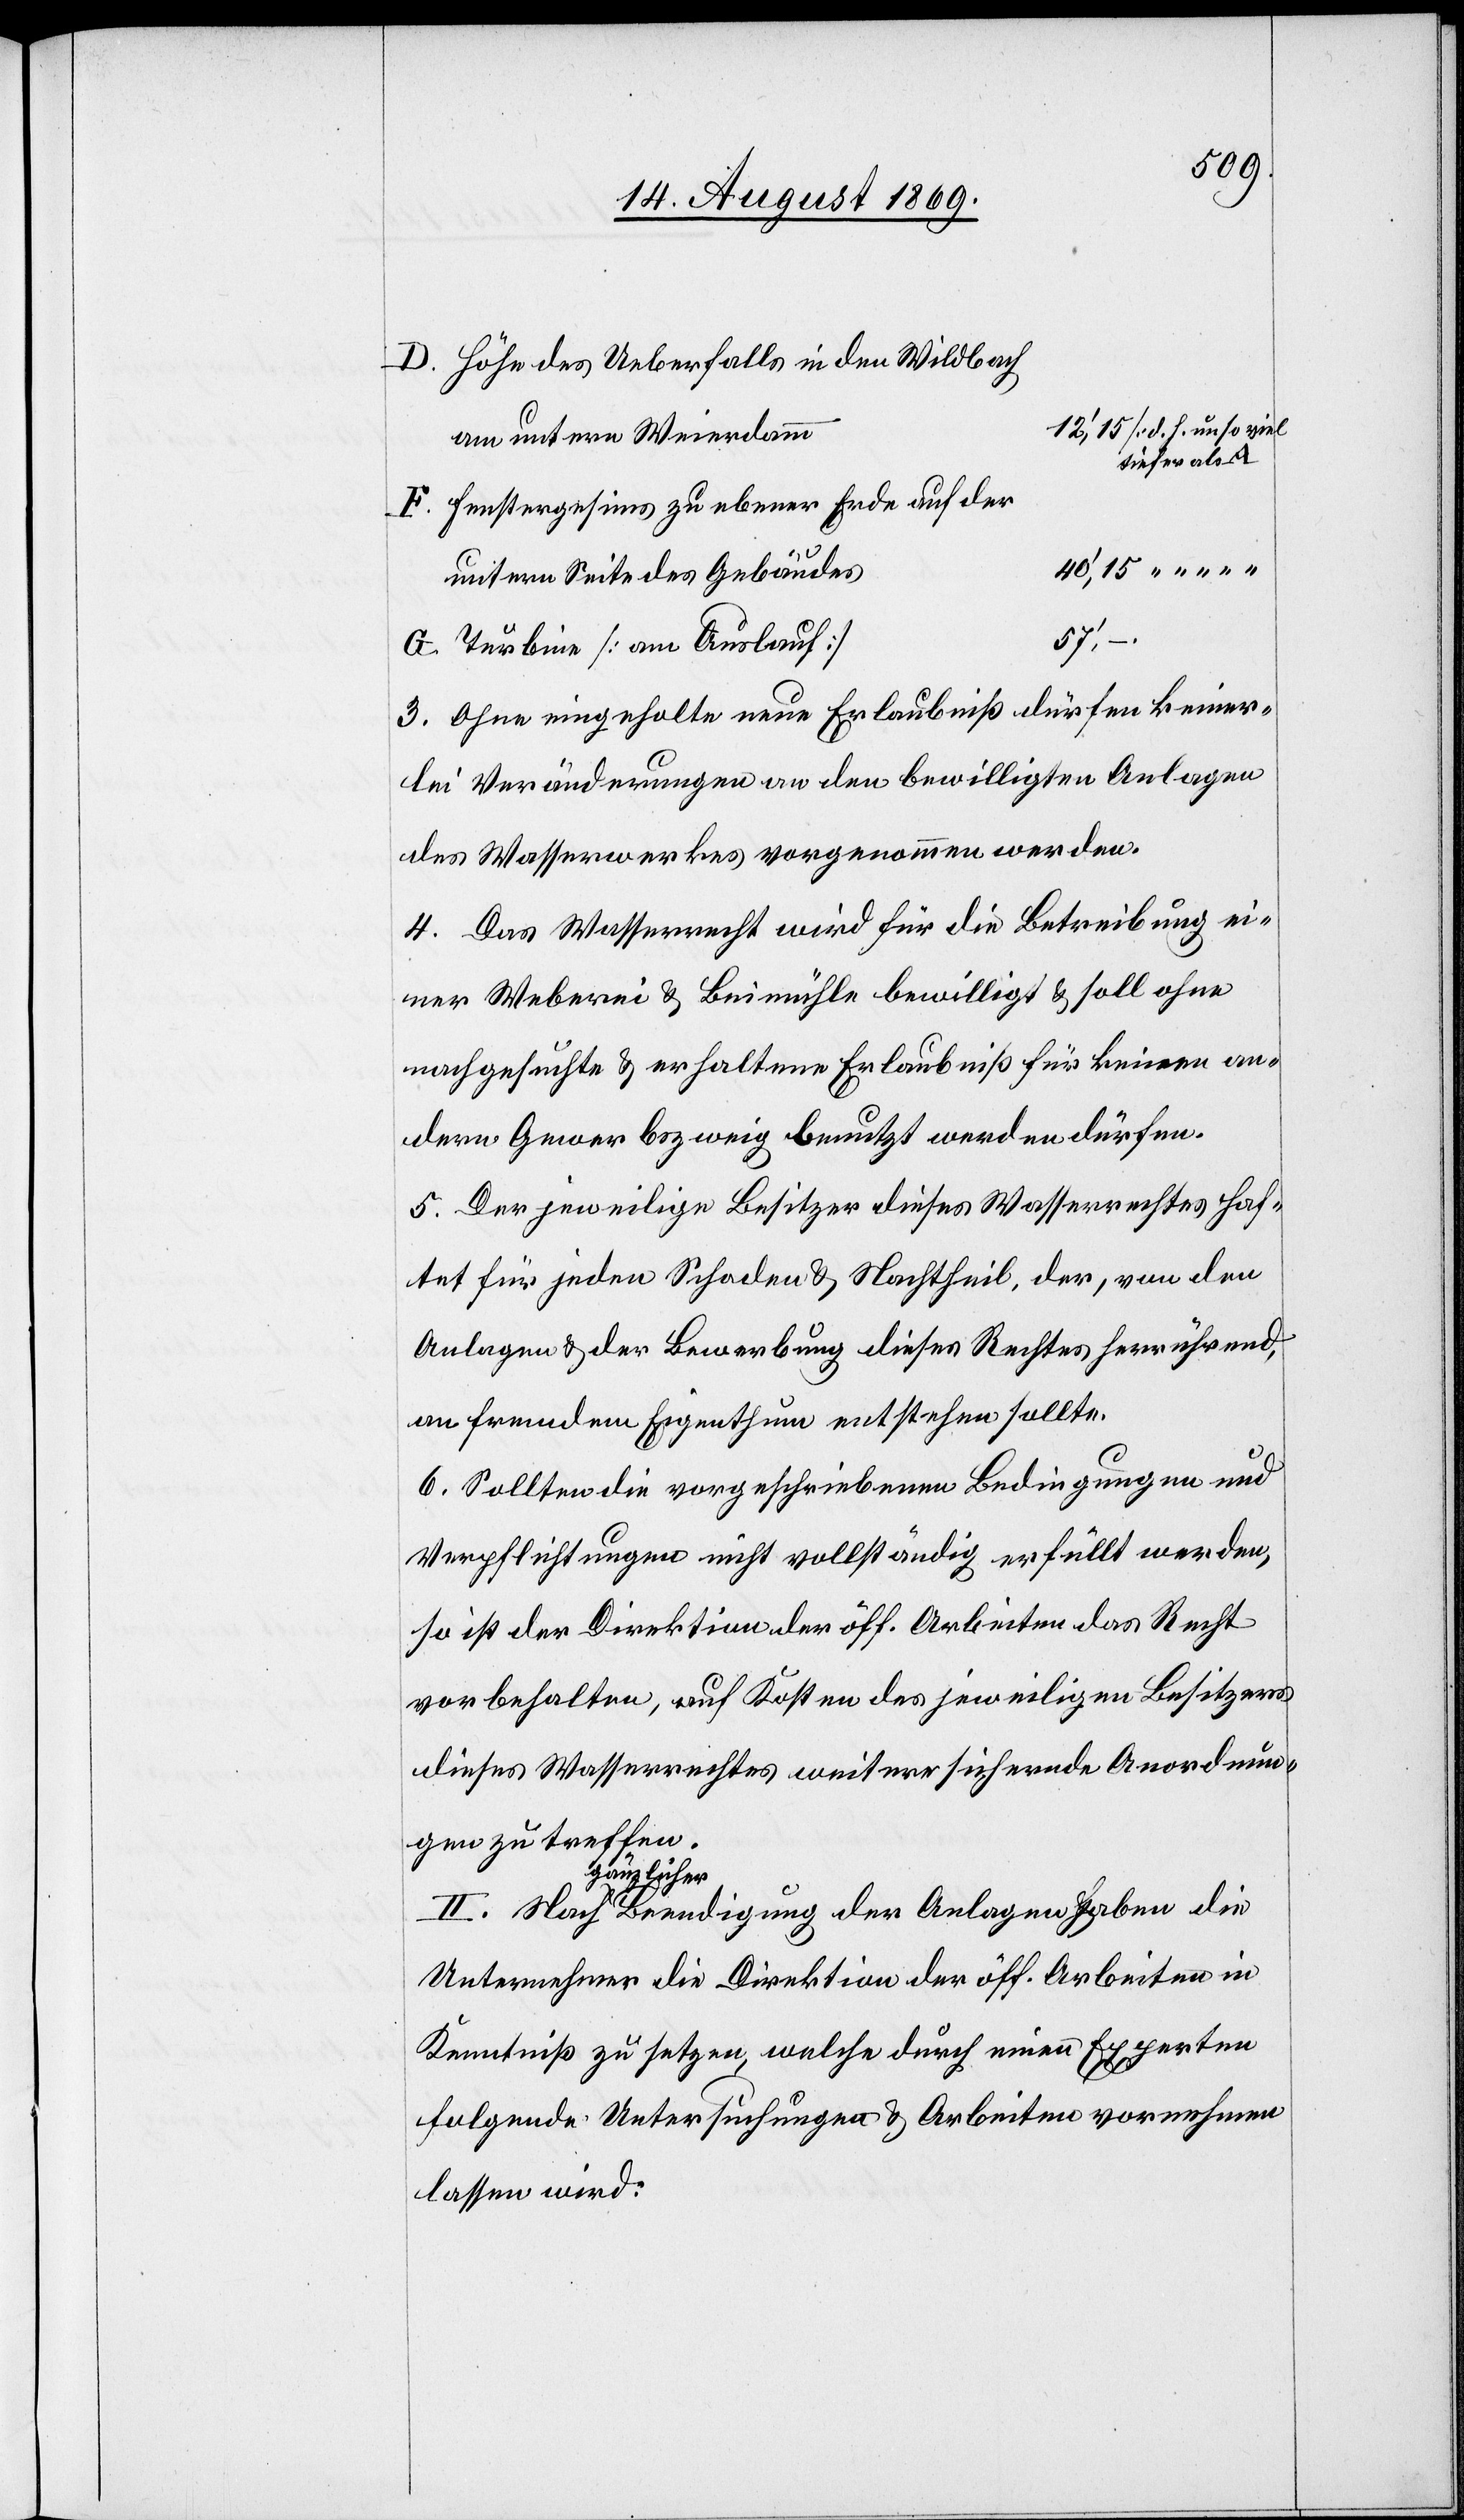
D. Höhe des Ueberfalls in den Wildbach
am untern Weierdamm
tiefer als A]
F. Fenstergesims zu ebener Erde auf der
untern Seite des Gebäudes
57‘,–.
G. Turbine [am Auslauf]
3. Ohne eingeholte neue Erlaubniß dürfen keiner¬
lei Veränderungen an den bewilligten Anlagen
des Wasserwerkes vorgenommen werden.
4. Das Wasserrecht wird für die Betreibung ei¬
ner Weberei & Beimühle bewilligt & soll ohne
nachgesuchte & erhaltene Erlaubniß für keinen an¬
dern Gewerbszweig benutzt werden dürfen.
5. Der jeweilige Besitzer dieses Wasserrechtes haf¬
tet für jeden Schaden & Nachtheil, der, von den
Anlagen & der Bewerbung dieses Rechtes herrührend,
an fremdem Eigenthum entstehen sollte.
6. Sollten die vorgeschriebenen Bedingungen und
Verpflichtungen nicht vollständig erfüllt werden,
so ist der Direktion der öff. Arbeiten das Recht
vorbehalten, auf Kosten des jeweiligen Besitzers
dieses Wasserrechtes weitere sichernde Anordnun¬
gen zu treffen.
der Anlagen
Unternehmer die Direktion der öff. Arbeiten in
Kenntniß zu setzen, welche durch einen Experten
folgende Untersuchungen & Arbeiten vornehmen
lassen wird: